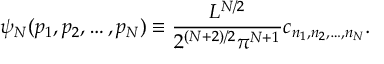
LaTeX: \psi _ { N } ( p _ { 1 } , p _ { 2 } , \dots , p _ { N } ) \equiv \frac { L ^ { N / 2 } } { 2 ^ { ( N + 2 ) / 2 } \pi ^ { N + 1 } } c _ { n _ { 1 } , n _ { 2 } , \dots , n _ { N } } .